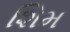
શિમ